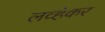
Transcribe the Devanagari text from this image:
लव्हेकर